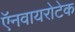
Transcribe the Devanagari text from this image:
ऍनवायरोटेक